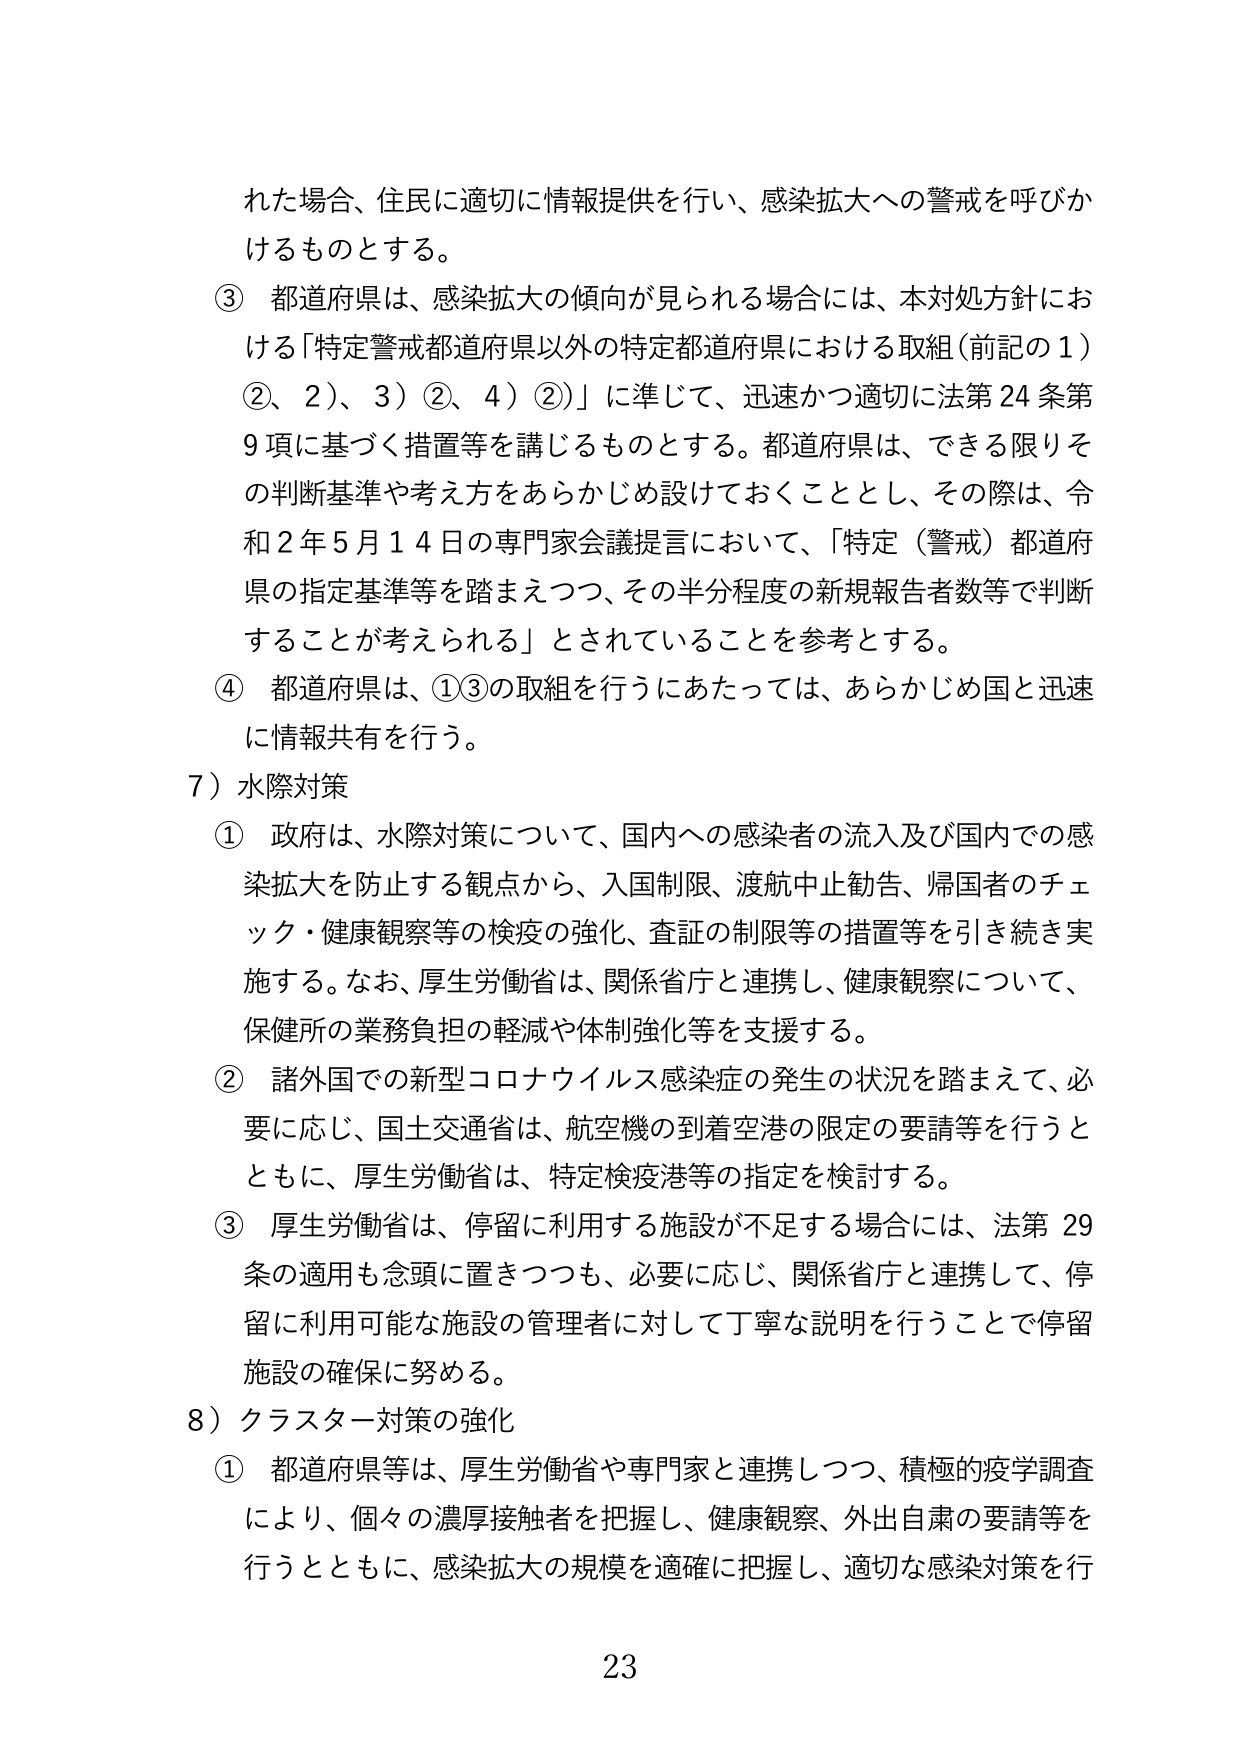
れた場合、住民に適切に情報提供を行い、感染拡大への警戒を呼びかけるものとする。

③ 都道府県は、感染拡大の傾向が見られる場合には、本対処方針における「特定警戒都道府県以外の特定都道府県における取組（前記の１）②、２）、３）②、４）②）」に準じて、迅速かつ適切に法第24条第9項に基づく措置等を講じるものとする。都道府県は、できる限りその判断基準や考え方をあらかじめ設けておくこととし、その際は、令和2年5月14日の専門家会議提言において、「特定（警戒）都道府県の指定基準等を踏まえつつ、その半分程度の新規報告者数等で判断することが考えられる」とされていることを参考とする。

④ 都道府県は、①③の取組を行うにあたっては、あらかじめ国と迅速に情報共有を行う。

7）水際対策

① 政府は、水際対策について、国内への感染者の流入及び国内での感染拡大を防止する観点から、入国制限、渡航中止勧告、帰国者のチェック・健康観察等の検疫の強化、査証の制限等の措置等を引き続き実施する。なお、厚生労働省は、関係省庁と連携し、健康観察について、保健所の業務負担の軽減や体制強化等を支援する。

② 諸外国での新型コロナウイルス感染症の発生の状況を踏まえて、必要に応じ、国土交通省は、航空機の到着空港の限定の要請等を行うとともに、厚生労働省は、特定検疫港等の指定を検討する。

③ 厚生労働省は、停留に利用する施設が不足する場合には、法第29条の適用も念頭に置きつつも、必要に応じ、関係省庁と連携して、停留に利用可能な施設の管理者に対して丁寧な説明を行うことで停留施設の確保に努める。

8）クラスター対策の強化

① 都道府県等は、厚生労働省や専門家と連携しつつ、積極的疫学調査により、個々の濃厚接触者を把握し、健康観察、外出自粛の要請等を行うとともに、感染拡大の規模を適確に把握し、適切な感染対策を行

23